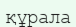
құрала